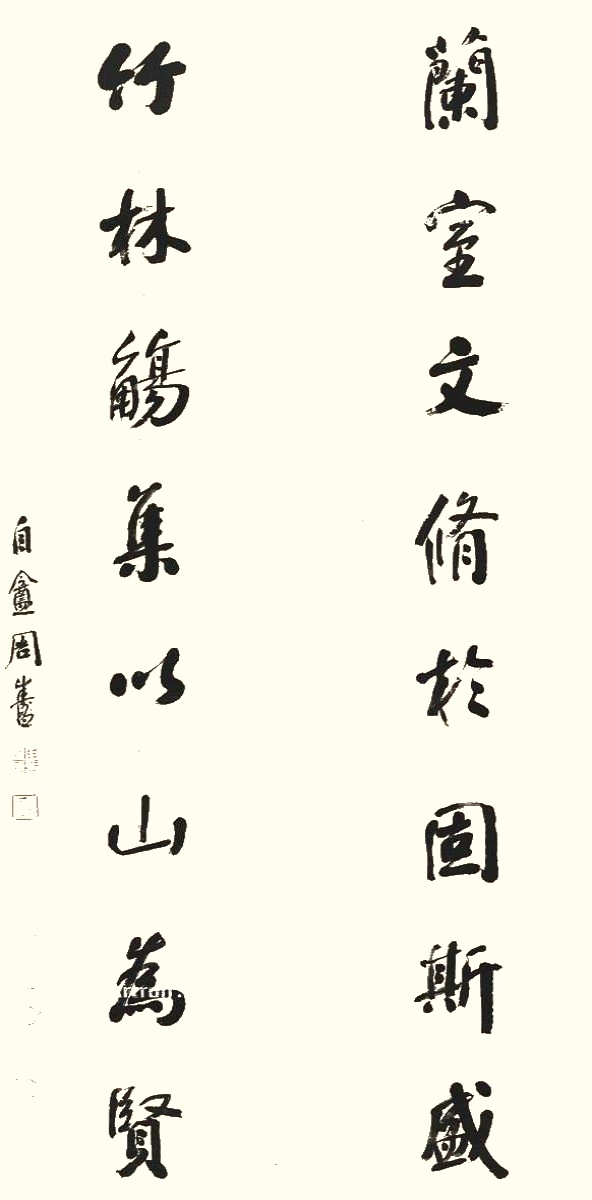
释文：兰室文修于固斯盛，竹林觞集以山为贤。自盦周寿昌。